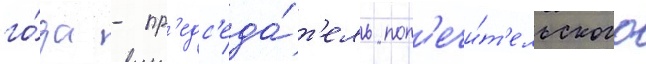
го́да - пр'едс'еда́т'ель поп'ечи́т'ельского